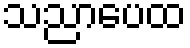
သညာပေထ